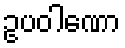
ဥပဝါဏော